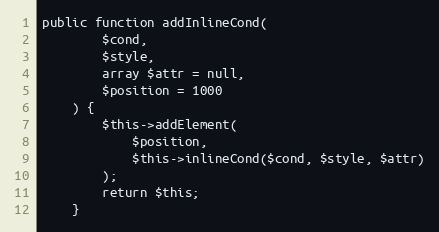
Language: PHP
public function addInlineCond(
        $cond,
        $style,
        array $attr = null,
        $position = 1000
    ) {
        $this->addElement(
            $position,
            $this->inlineCond($cond, $style, $attr)
        );
        return $this;
    }